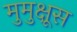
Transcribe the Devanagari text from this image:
मुमुक्षूस